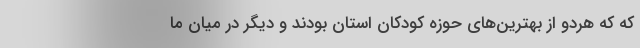
که که هردو از بهترین‌های حوزه کودکان استان بودند و دیگر در میان ما